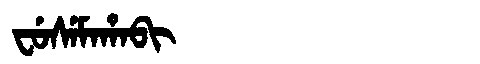
Manchu: ᠸᡠᠰᡝᠮᠠᡥᠠᠪᡳ
Romanization: FUSEMAHABI